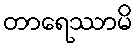
တာရေဿာမိ